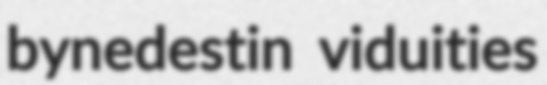
bynedestin viduities